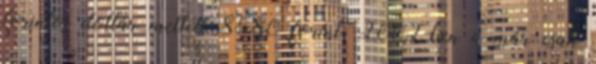
forintos dollár mellett 8580 forint, 2002-ben a már csak